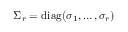
\Sigma _ { r } = \mathrm { d i a g } { ( \sigma _ { 1 } , \dots , \sigma _ { r } ) }